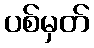
ပစ်မှတ်